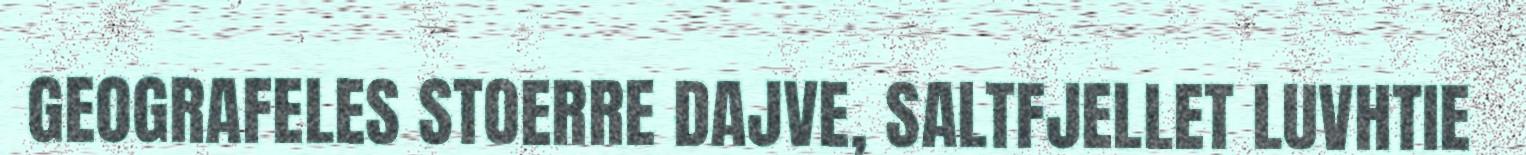
GEOGRAFELES STOERRE DAJVE, SALTFJELLET LUVHTIE